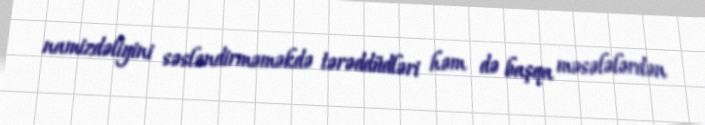
namizdəliyini səsləndirməməkdə tərəddüdləri həm də başqa məsələlərdən